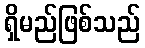
ရှိမည်ဖြစ်သည်